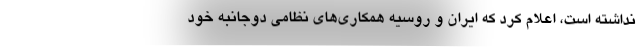
نداشته است، اعلام کرد که ایران و روسیه همکاری‌های نظامی دوجانبه خود